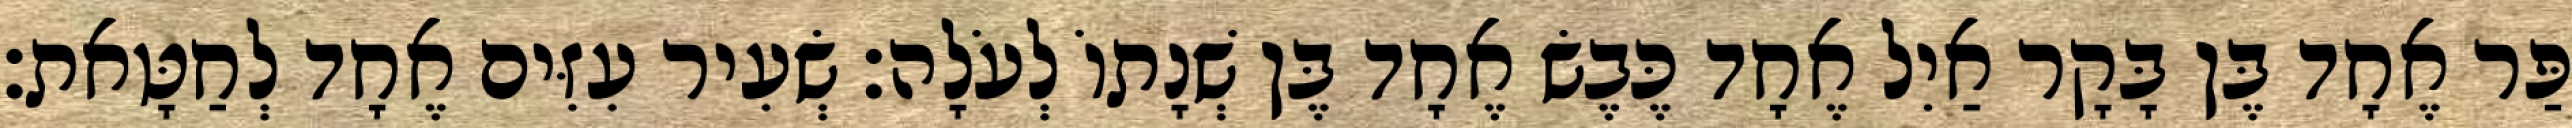
פַּר אֶחָד בֶּן בָּקָר אַיִל אֶחָד כֶּבֶשׂ אֶחָד בֶּן שְׁנָתוֹ לְעֹלָה׃ שְׂעִיר עִזִּים אֶחָד לְחַטָּאת׃